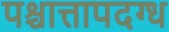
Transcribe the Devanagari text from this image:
पश्चात्तापदग्ध